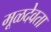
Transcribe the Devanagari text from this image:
मूळदेवता